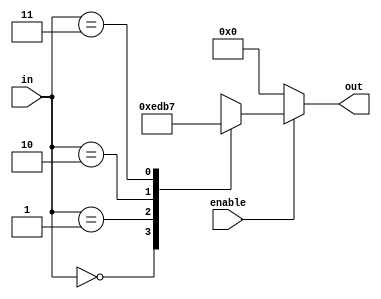
module encoder(in,out,enable);
input [1:0] in;
output [3:0] out;
input enable;
reg [3:0] out;



always @ (*)

if(enable)
case(in)
0:out=4'b1110;
1:out=4'b1101;
2:out=4'b1011;
3:out=4'b0111;
default:out=0;
endcase
else out=0;

endmodule